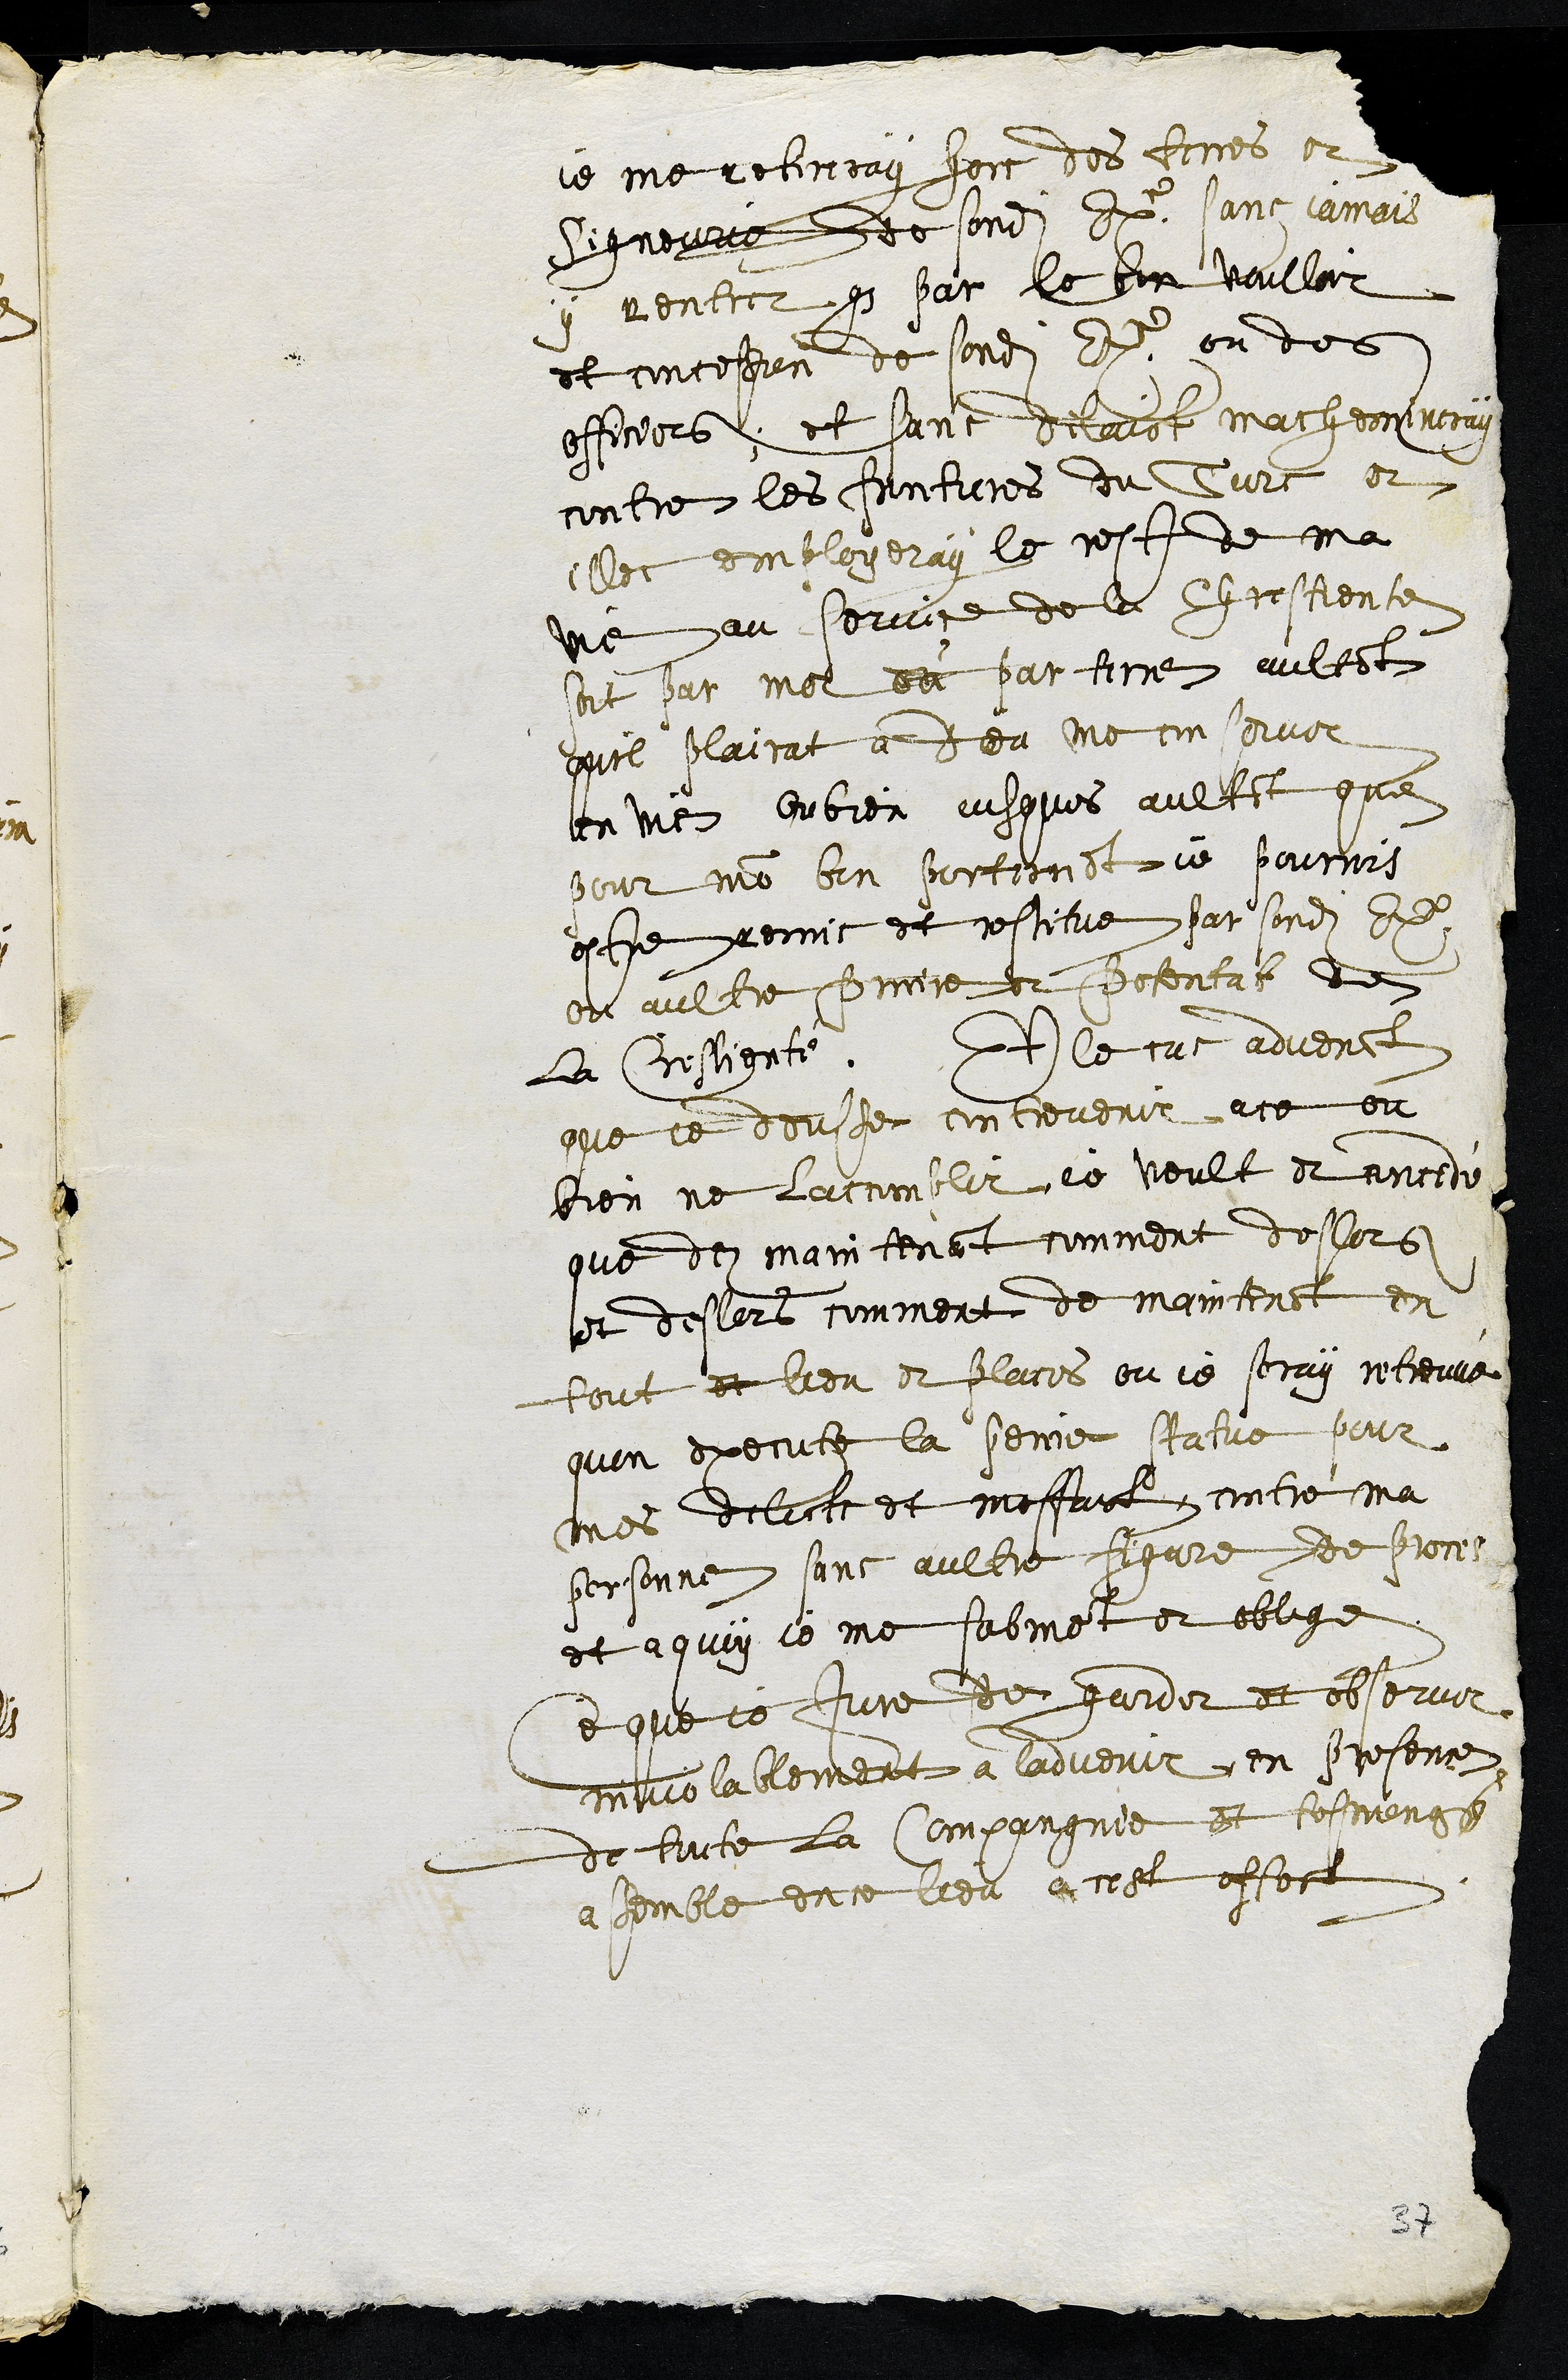
je me retireray hors des terres et
Signeurie de sondit Excellence sans jamais
y rentrer que par le bon voulloir
et concession de sondit Excellence ou des
officiers et sans delaict machemineray
contre les frontieres du Turc et
illec employeray le rest de ma
vie au service de la Chrestiente
soit par mer ou par terre aultant
quil plairat a Dieu me conserver
en vie ou bien jusques aultant que
pour mon bon portement je pourrois
estre remis et restitue par sondit Excellence
ou aultre prince et potentat de
la Chrestienté. Et le cas advenant
que je dousse contrevenir ace ou
bien ne laccomplir je veult et concede
que dez maintenant comment deslors
et deslors comment de maintenant en
tout et lieu et places ou je seray retreuvé
quon execute la peinne statue pour
mes delicts et mesfaict contre ma
personne sans aultre figure de proces
et a quoy je me submet et oblige
Ce que je Jure de garder et observer
inviolablement a ladvenir en presence
de toute la Compagnie et tesmoings
assemble en ce lieu a cest effect
37